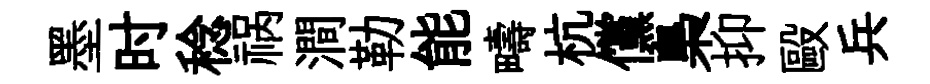
墨时稔祸澗勒能疇杭儻梟抑毆兵